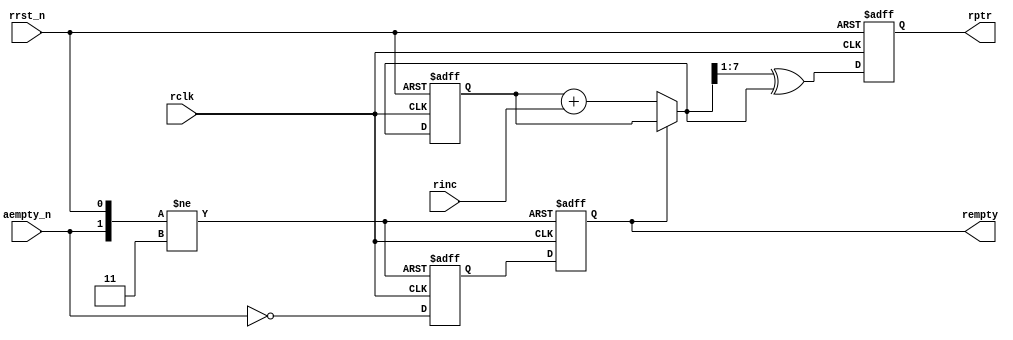
`timescale 1ns / 1ps
//////////////////////////////////////////////////////////////////////////////////
// Company: 
// Engineer: 
// 
// Design Name: 
// Module Name: rptr_empty
// Project Name: 
// Target Devices: 
// Tool Versions: 
// Description: 
// 
// Dependencies: 
// 
// Revision:
// Revision 0.01 - File Created
// Additional Comments:
// 
//////////////////////////////////////////////////////////////////////////////////

module rptr_empty (rempty, rptr, aempty_n, rinc, rclk, rrst_n);
    parameter               ADDRSIZE = 8;
    output                  rempty;
    output  [ADDRSIZE-1:0]  rptr;
    input                   aempty_n;
    input                   rinc, rclk, rrst_n;
    reg     [ADDRSIZE-1:0]  rptr, rbin;
    reg                     rempty, rempty2;
    wire    [ADDRSIZE-1:0]  rgnext, rbnext;
    //---------------------------------------------------------------
    // GRAYSTYLE2 pointer
    //---------------------------------------------------------------
    always @(posedge rclk or negedge rrst_n)
        if (!rrst_n) begin
            rbin <= 0;
            rptr <= 0;
        end
        else begin
            rbin <= rbnext;
            rptr <= rgnext;
        end
    //---------------------------------------------------------------
    // increment the binary count if not empty
    //---------------------------------------------------------------
    assign rbnext = !rempty ? rbin + rinc : rbin;
    assign rgnext = (rbnext>>1) ^ rbnext; // binary-to-gray conversion
    always @(posedge rclk or negedge rrst_n or negedge aempty_n)
        if (!rrst_n)  {rempty,rempty2} <= 2'b11;
        else if  (!aempty_n) {rempty,rempty2} <= 2'b11;
        else            {rempty,rempty2} <= {rempty2,~aempty_n};
endmodule